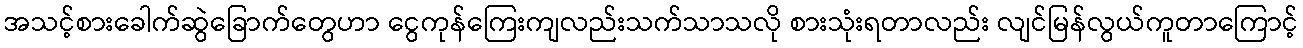
အသင့်စားခေါက်ဆွဲခြောက်တွေဟာ ငွေကုန်ကြေးကျလည်းသက်သာသလို စားသုံးရတာလည်း လျင်မြန်လွယ်ကူတာကြောင့်